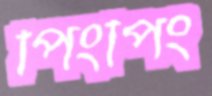
পিংপিং